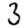
Digit: 3